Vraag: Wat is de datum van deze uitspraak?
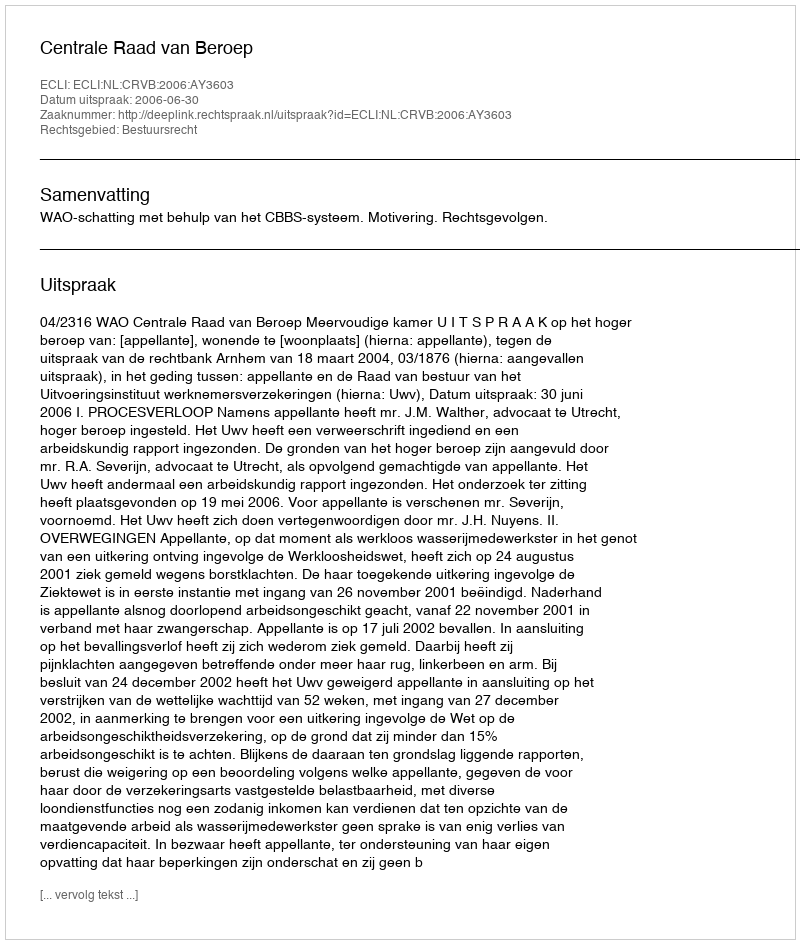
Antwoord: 2006-06-30